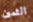
الثمين